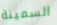
السمينة